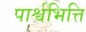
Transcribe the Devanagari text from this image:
पार्श्वभित्ति